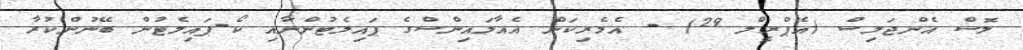
ލޮސް އެންޖަލިސް (އެޕްރީލް 29) - އެމެރިކަން އެއާލައިންސްގެ ޕައިލެޓުންނާއި ކޯ-ޕައިލެޓުން ބޭނުންކުރާ